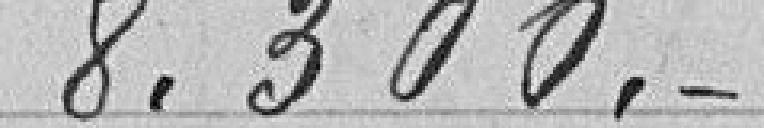
8.300 francs